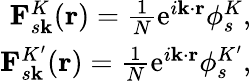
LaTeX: \begin{array}{r}{\mathbf{F}_{s\mathbf{k}}^{K}(\mathbf{r})=\frac{1}{N}\mathrm{e}^{i\mathbf{k}\cdot\mathbf{r}}\phi_{s}^{K},}\\ {\mathbf{F}_{s\mathbf{k}}^{K^{\prime}}(\mathbf{r})=\frac{1}{N}\mathrm{e}^{i\mathbf{k}\cdot\mathbf{r}}\phi_{s}^{K^{\prime}},}\end{array}